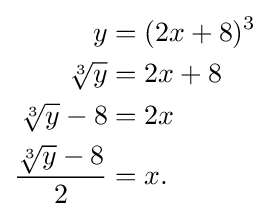
{\begin{aligned}y&=(2x+8)^{3}\\{\sqrt[{3}]{y}}&=2x+8\\{\sqrt[{3}]{y}}-8&=2x\\{\dfrac {{\sqrt[{3}]{y}}-8}{2}}&=x.\end{aligned}}